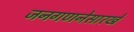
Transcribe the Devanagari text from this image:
जनगणनेसारखे